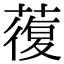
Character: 蕧